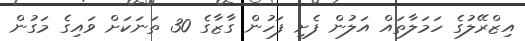
އިޒްރޭލުގެ ހަމަލާތައް އަލުން ފެށި ފަހުން ގާޒާގެ 30 ތަނަކަށް ވައިގެ މަގުން